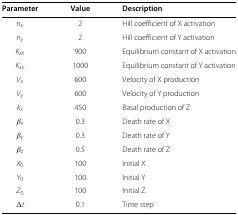
| Parameter | Value | Description |
 | --- | --- | --- |
 | nx | 2 | Hill coefficient of X activation |
 | ny | 2 | Hill coefficient of Y activation |
 | Kzx | 900 | Equilibrium constant of X activation |
 | Kxy | 1000 | Equilibrium constant of Y activation |
 | Vx | 600 | Velocity of X production |
 | Vy | 600 | Velocity of Y production |
 | kz | 450 | Basal production of Z |
 | βx | 0.3 | Death rate of X |
 | βy | 0.3 | Death rate of Y |
 | βz | 0.5 | Death rate of Z |
 | X0 | 100 | Initial X |
 | Y0 | 100 | Initial Y |
 | Z0 | 100 | Initial Z |
 | Δt | 0.1 | Time step |